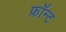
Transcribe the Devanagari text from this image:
फ्रॉन्ट